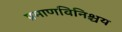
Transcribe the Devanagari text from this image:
प्रमाणविनिश्चय